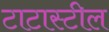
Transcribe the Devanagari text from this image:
टाटास्‍टील